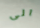
الى